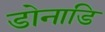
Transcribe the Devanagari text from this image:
डोनाडि